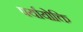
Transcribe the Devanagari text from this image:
पर्यायोक्ति